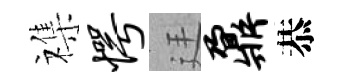
襍愕廷鼐恭